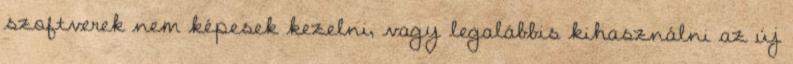
szoftverek nem képesek kezelni, vagy legalábbis kihasználni az új